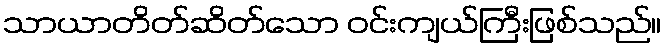
သာယာတိတ်ဆိတ်သော ဝင်းကျယ်ကြီးဖြစ်သည်။